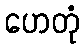
ဟေတုံ